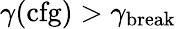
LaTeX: \gamma(\mathrm{cfg})>\gamma_{\mathrm{break}}